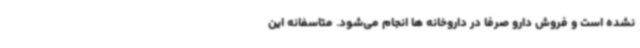
نشده است و فروش دارو صرفا در داروخانه ها انجام می‌شود. متاسفانه این